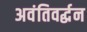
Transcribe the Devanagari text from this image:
अवंतिवर्द्धन